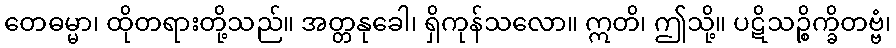
တေဓမ္မာ၊ ထိုတရားတို့သည်။ အတ္တနုခေါ၊ ရှိကုန်သလော။ ဣတိ၊ ဤသို့။ ပဋိသဉ္စိက္ခိတဗ္ဗံ၊